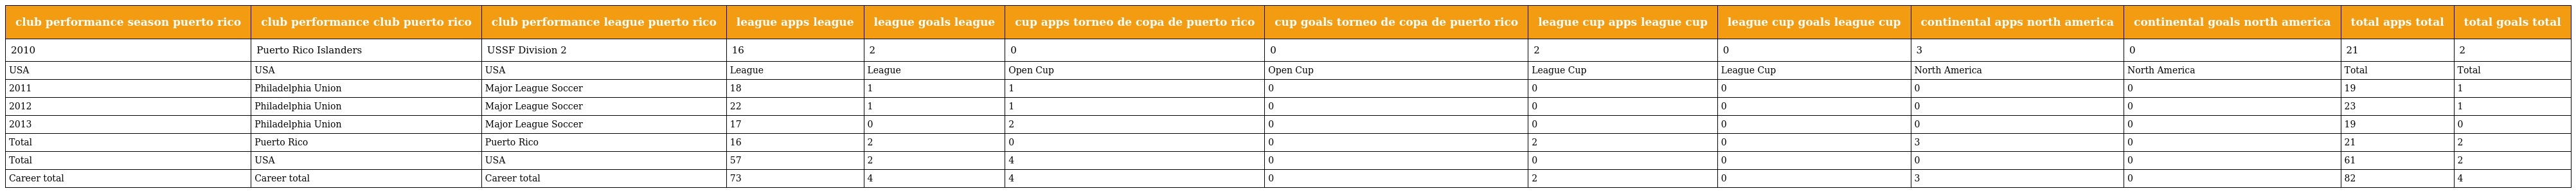
| club performance season puerto rico | club performance club puerto rico | club performance league puerto rico | league apps league | league goals league | cup apps torneo de copa de puerto rico | cup goals torneo de copa de puerto rico | league cup apps league cup | league cup goals league cup | continental apps north america | continental goals north america | total apps total | total goals total |
 | --- | --- | --- | --- | --- | --- | --- | --- | --- | --- | --- | --- | --- |
 | 2010 | Puerto Rico Islanders | USSF Division 2 | 16 | 2 | 0 | 0 | 2 | 0 | 3 | 0 | 21 | 2 |
 | USA | USA | USA | League | League | Open Cup | Open Cup | League Cup | League Cup | North America | North America | Total | Total |
 | 2011 | Philadelphia Union | Major League Soccer | 18 | 1 | 1 | 0 | 0 | 0 | 0 | 0 | 19 | 1 |
 | 2012 | Philadelphia Union | Major League Soccer | 22 | 1 | 1 | 0 | 0 | 0 | 0 | 0 | 23 | 1 |
 | 2013 | Philadelphia Union | Major League Soccer | 17 | 0 | 2 | 0 | 0 | 0 | 0 | 0 | 19 | 0 |
 | Total | Puerto Rico | Puerto Rico | 16 | 2 | 0 | 0 | 2 | 0 | 3 | 0 | 21 | 2 |
 | Total | USA | USA | 57 | 2 | 4 | 0 | 0 | 0 | 0 | 0 | 61 | 2 |
 | Career total | Career total | Career total | 73 | 4 | 4 | 0 | 2 | 0 | 3 | 0 | 82 | 4 |